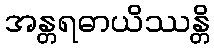
အန္တရဓာယိဿန္တိ